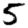
Digit: 5